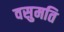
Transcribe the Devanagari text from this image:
वसुमति